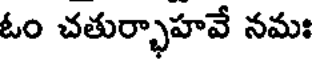
ఓం చతుర్భాహవే నమః